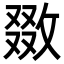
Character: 敪